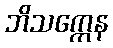
ဘိသက္ကေန